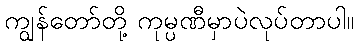
ကျွန်တော်တို့ ကုမ္ပဏီမှာပဲလုပ်တာပါ။